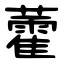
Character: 藿